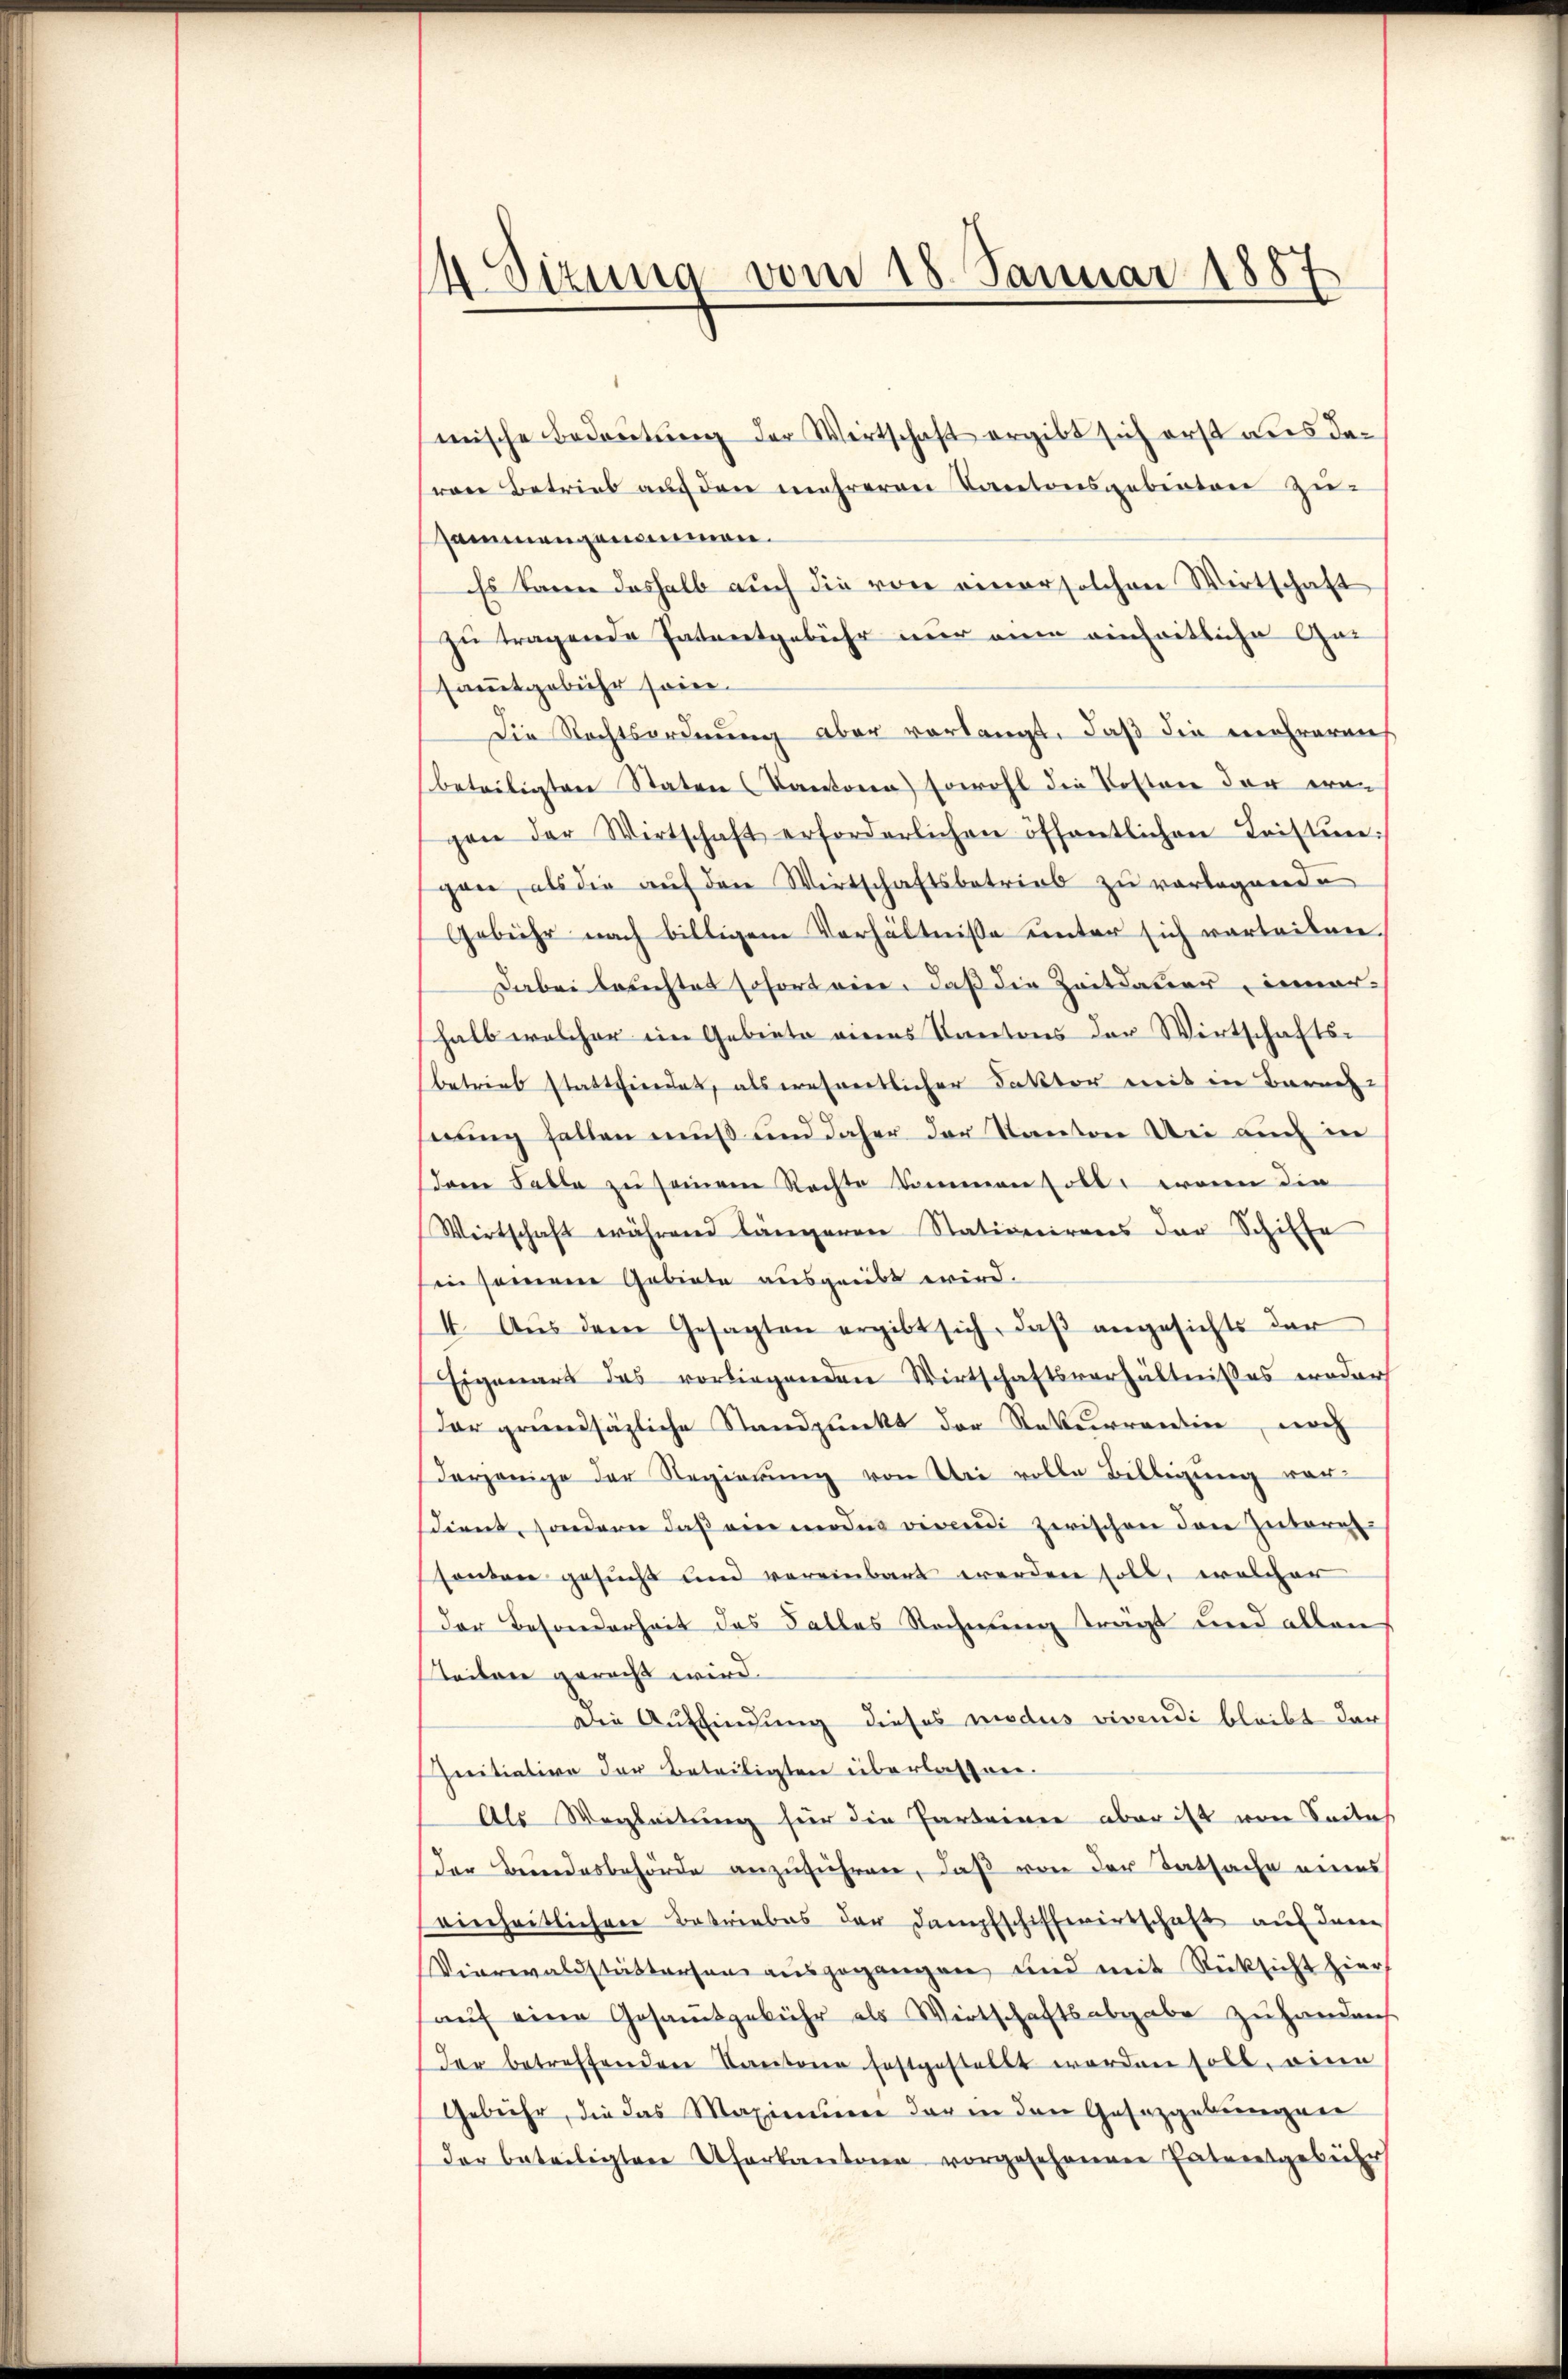
4 Sizung vom 18. Januar 1887

mische Bedeutung der Wirtschaft ergibt sich erst aus devon Betrieb auf den mehreren Kantonsgebenten zusammengenommen.
Es kann deshalb auch die von einer solchen Wirtschaft
zu tragende Patentgebühr nur ein einheitliche Gar
samtgebühr sonne.
Die Rechtsordnung aber vorlangt, daß die mehrerens
beteiligten Staten Kantone sowohl die Kosten der era-
gen der Wirtschaft erforderlichen öffentlichen Leistŭn
gen, als die auf den Wirtschaftsbetrieb zu vorlegende
Gebühr nach billigem Verhältnisse unter sich vorteilen.
Dabei leuchtet sofort eine, daß die Zeitdauer, inner-
halb welcher im Gebiete eines Kantons der Wirtschaftsbetrieb statthierdat, als wahrertlicher Faktor mit in Berneh
nung fallen muß und daher der Kanton Bei auch in
Dann Falle zŭ seinem Rechte kommen soll, wenn die
Wirtschaft während längeren Stationirens der Schiffe
in seinem Gebiete ausgeübt wird.
4. Aŭs dem Gesagten ergibt sich, daβ angesichts der
Eigenart das vorliegenden Wirtschaftsverhältnißes weder
dar grundsäzliche Standpunkt der Rekurrentin, noch
derjenige der Regierung von Bei volle Billigung vor
sdient, sondern daβ ein moder vivendi zwischen den Zuberg-
sonten gesucht und vereinbart werden soll, welcher
Der Besonderheit des Falles Rechnung tragt und allen
teiten geracht wird.
Die Auffindung dieses modus vivendi bleibt dar
Initiation der Beteiligten überlassen.
Als Wegleitung für die Parteinen aber ist von Seites
der Beendesbehörde anzuführen, daß von der Tatsache eines
einheitlichere Betriebes der Dampfschiffenertschaft auf den
Vierwaldstättensen aŭsgegangen und mit Rücksicht hier,
aŭf eine Gesamtgebühr als Wirtschaftsabgabe zŭ handen
Der betreffenden Kantone festgestellt worden soll, einen
Gebühr, die das Maximum der in den Gesetzgebungen
der beteiligten Uferkantone vorgesehenen Patentgebühr